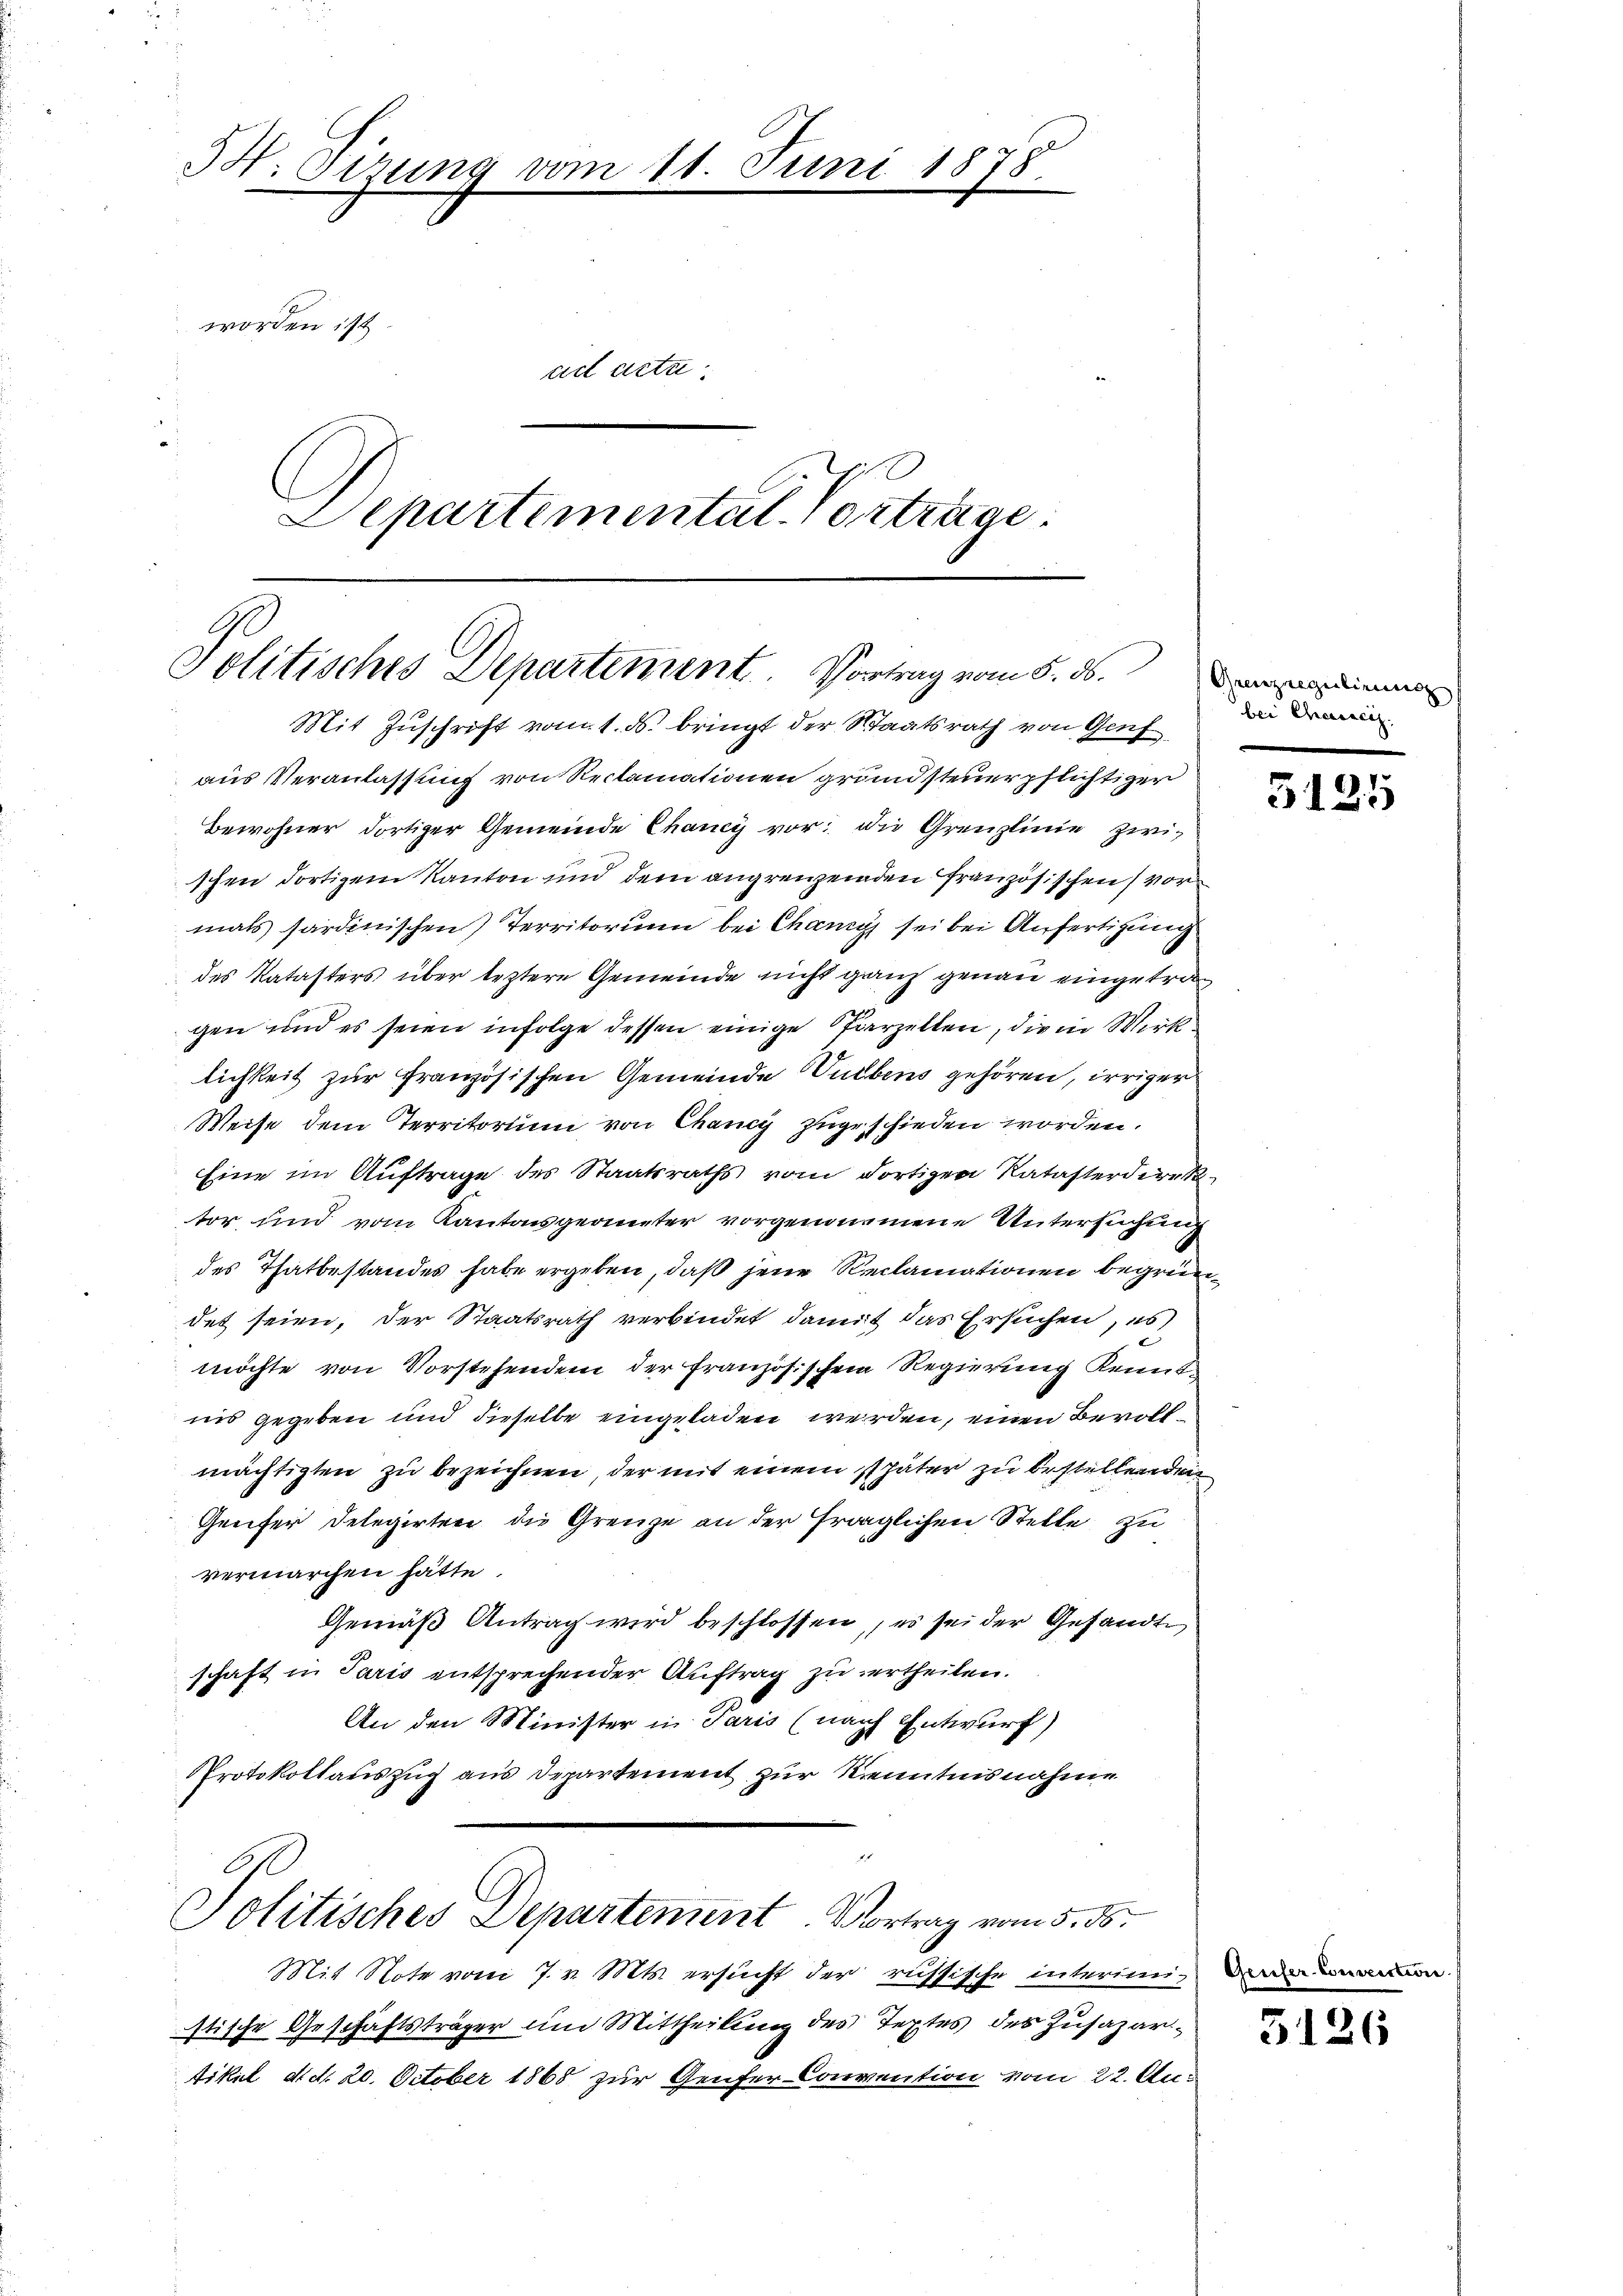
W. Sizung vom 11. Juni 1878
worden ist.
act acta
Departemental-Vortrage

Politisches Departement. Vortrag vom 5. ds.
Mit Zuschrift vom 1. ds. bringt der Staatsrath von Genf

aus Veranlassung von Reclamationen grundsteuerpflichtiger
Bewohner dortiger Gemeinde Chancy vor; die Grenzlinie zwischen dortigem Kanton und dem angrenzenden französischen vor
mals sardinischen Territorium bei Chang sei bei Anfertigung
des Katasters über leztere Gemeinde nicht ganz genau eingetragen und es seien infolge dessen einige Starzellen, die in Wirklichkeit zur Französischen Gemeinde Turbens gehören, irriger
Weise dem Territorium von Chancy zugeschieden worden.
Eine im Auftrage des Staatsraths vom dortigen Ratasterdirek
tor und vom Kantonsgeometer vorgenommene Untersuchung
des Thatbestandes habe ergeben, daß jene Reclamationen begründet seien, der Staatsrath verbindet, damit das Ersuchen, es
möchte von Vorstehendem der französischen Regierung Kenntnis gegeben und dieselbe eingeladen werden, einen Bevollmächtigten zu bezeichnen, der mit einem später zu bestellenden
Greifer Delegirten die Grenze an der fraglichen Stelle zu
vermarchen hätte.
Gemäß Antrag wird beschlossen, es sei der Gesandte
schaft in Paris entsprechender Auftrag zu ertheilen.
An den Minister in Paris (nach Entwurf)
Protokollauszug aus Departement zur Kenntnisnahme
Politisches Departement. Vortrag vom 5. ds.
Mit Note vom 7. v. Mts. ersucht der russische interimistische Geschäftsträger um Mittheilung des Textes des Zusazartikil d. d. 20. October 1868 zur Genfer Convention vom 22. Au¬

Grenzregulirung |
bei Characi

2

3125

.

3126

verthei